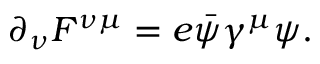
\partial _ { \nu } F ^ { \nu \mu } = e { \bar { \psi } } \gamma ^ { \mu } \psi .